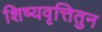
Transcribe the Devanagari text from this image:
शिष्यवृत्तितुन